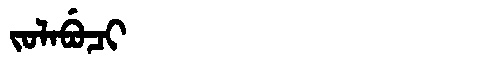
Manchu: ᠵᠣᠯᠠᠪᡠᠴᡳ
Romanization: JOLABUCI